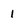
Character: 1